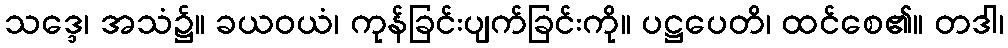
သဒ္ဒေ၊ အသံ၌။ ခယဝယံ၊ ကုန်ခြင်းပျက်ခြင်းကို။ ပဋ္ဌပေတိ၊ ထင်စေ၏။ တဒါ၊